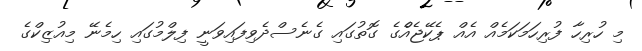
މި ހުރިހާ ފުރިހަމަކަމެއް އެއް ޕެކޭޖެއްެގެ ގޮތުގައި ގެނެސްދެވިފައިވަނީ ފިލްމުގައި ހިމެނޭ މިއުޒިކްގެ